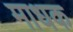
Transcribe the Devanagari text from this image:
माधक